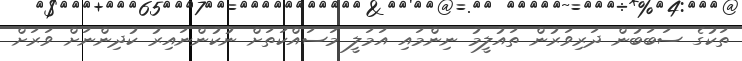
ތަކުގެ ސަބަބުން ދަރިވަރުން ތައުލީމު ނިންމައި އަމަލީ މަސައްކަތަށް ނުކުންނައިރު ކުދިންނަށް ވަރަށް